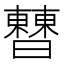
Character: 𣍘